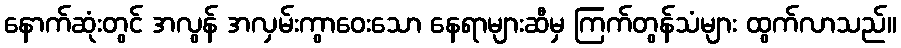
နောက်ဆုံးတွင် အလွန် အလှမ်းကွာဝေးသော နေရာများဆီမှ ကြက်တွန်သံများ ထွက်လာသည်။